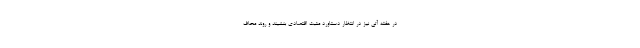
در هفته آتی نیز در انتظار دستاورد مثبت اقتصادی بنشیند و روند محاف